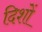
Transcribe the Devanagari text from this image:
दिशों